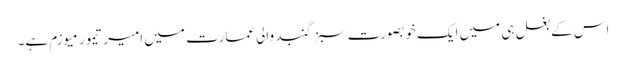
اس کے بغل ہی میں ایک خوبصورت سبز گنبد والی عمارت میں امیر تیمور میوزم ہے۔